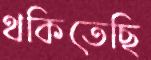
থকিতেছি